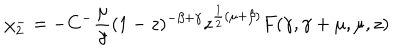
\chi _ { 2 } ^ { - } = - C ^ { - } \frac { \mu } { \gamma } ( 1 - z ) ^ { - \beta + \gamma } z ^ { \frac { 1 } { 2 } ( \mu + \beta ) } F ( \gamma , \gamma + \mu , \mu , z )